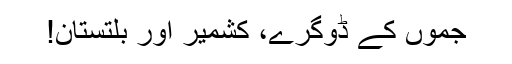
جموں کے ڈوگرے، کشمیر اور بلتستان!